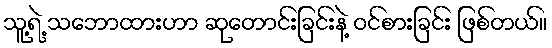
သူ့ရဲ့ သဘောထားဟာ ဆုတောင်းခြင်းနဲ့ ဝင်စားခြင်း ဖြစ်တယ်။